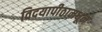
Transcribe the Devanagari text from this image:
विदयापीठामधून